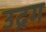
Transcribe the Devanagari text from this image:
उद्रग